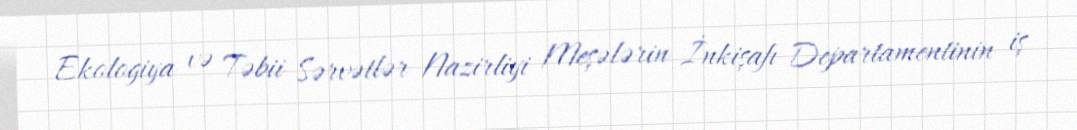
Ekologiya və Təbii Sərvətlər Nazirliyi Meşələrin İnkişafı Departamentinin iş